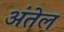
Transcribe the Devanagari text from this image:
अंतेल